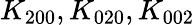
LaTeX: K_{200},K_{020},K_{002}